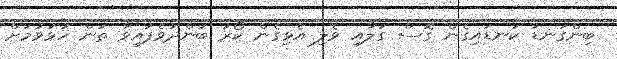
ބިންގަނޑު ކަނޑައިގެން ގޮސް ގަލާއި ވެލި އެޅިގެން ކޯރު ބަންދުވެފައިވާ ތަން ހުޅުވުމަށް